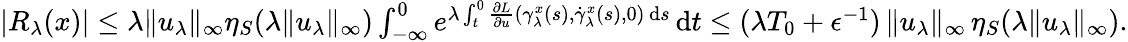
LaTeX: \begin{array}{r}{|R_{\lambda}(x)|\leq\lambda\| u_{\lambda}\| _{\infty}\eta_{S}(\lambda\| u_{\lambda}\| _{\infty})\int_{-\infty}^{0}e^{\lambda\int_{t}^{0}\frac{\partial L}{\partial u}(\gamma_{\lambda}^{x}(s),\dot{\gamma}_{\lambda}^{x}(s),0)\, \mathrm{d}s}\, \mathrm{d}t\leq(\lambda T_{0}+\epsilon^{-1})\, \| u_{\lambda}\| _{\infty}\, \eta_{S}(\lambda\| u_{\lambda}\| _{\infty}).}\end{array}